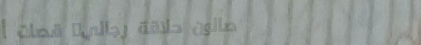
صالون حلاقة رجالي: قصات أ